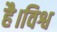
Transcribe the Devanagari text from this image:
है।विश्व